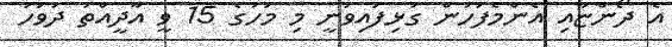
އެ ދޯންޏާއި އެންމެފަހުން ގުޅިފައިވަނީ މި މަހުގެ 15 ވީ އާދީއްތަ ދުވަހު